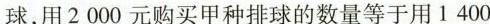
球，用2000元购买甲种排球的数量等于用1 400